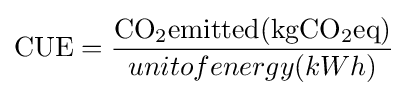
\mathrm {CUE} ={\frac {\rm {{CO_{2}}emitted(kg{\rm {{CO_{2}}eq)}}}}{unitofenergy(kWh)}}